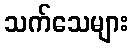
သက်သေများ